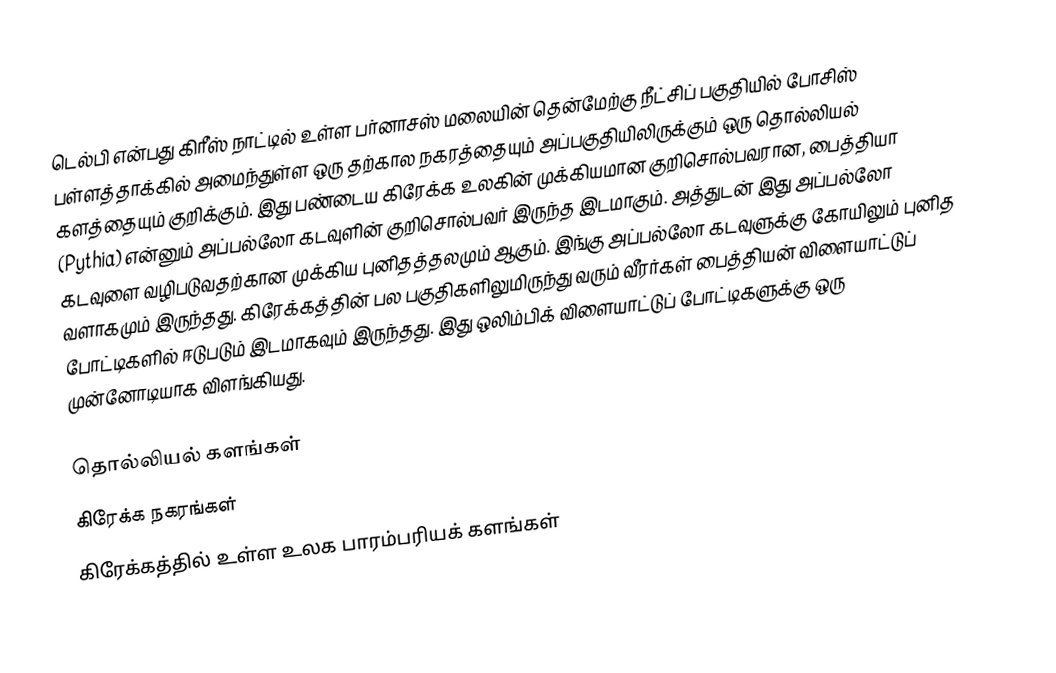
டெல்பி என்பது கிரீஸ் நாட்டில் உள்ள பர்னாசஸ் மலையின் தென்மேற்கு நீட்சிப் பகுதியில் போசிஸ் பள்ளத்தாக்கில் அமைந்துள்ள ஒரு தற்கால நகரத்தையும் அப்பகுதியிலிருக்கும் ஒரு தொல்லியல் களத்தையும் குறிக்கும். இது பண்டைய கிரேக்க உலகின் முக்கியமான குறிசொல்பவரான, பைத்தியா (Pythia) என்னும் அப்பல்லோ கடவுளின் குறிசொல்பவர் இருந்த இடமாகும். அத்துடன் இது அப்பல்லோ கடவுளை வழிபடுவதற்கான முக்கிய புனிதத்தலமும் ஆகும்.  இங்கு அப்பல்லோ கடவுளுக்கு கோயிலும் புனித வளாகமும் இருந்தது. கிரேக்கத்தின் பல பகுதிகளிலுமிருந்து வரும் வீரர்கள் பைத்தியன் விளையாட்டுப் போட்டிகளில் ஈடுபடும் இடமாகவும் இருந்தது. இது ஒலிம்பிக் விளையாட்டுப் போட்டிகளுக்கு ஒரு முன்னோடியாக விளங்கியது.

தொல்லியல் களங்கள்
கிரேக்க நகரங்கள்
கிரேக்கத்தில் உள்ள உலக பாரம்பரியக் களங்கள்